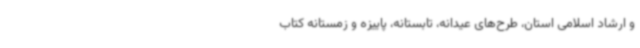
و ارشاد اسلامی استان، طرح‌های عیدانه، تابستانه، پاییزه و زمستانه کتاب